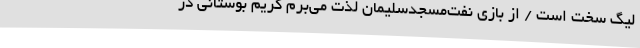
لیگ سخت است / از بازی‌ نفت‌مسجدسلیمان لذت‌ می‌برم کریم بوستانی در